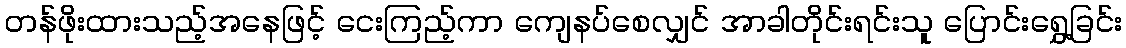
တန်ဖိုးထားသည့်အနေဖြင့် ငေးကြည့်ကာ ကျေနပ်စေလျှင် အာခါတိုင်းရင်းသူ ပြောင်းရွှေ့ခြင်း